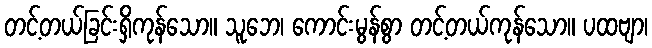
တင့်တယ်ခြင်းရှိကုန်သော။ သူဘေ၊ ကောင်းမွန်စွာ တင့်တယ်ကုန်သော။ ပထဗျာ၊